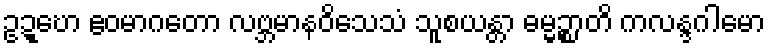
ဥဍ္ဎော ဧဝမာဂတော လဗ္ဘမာနဝိသေသံ သူစယန္တာ ဓမ္မဉ္စာတိ ကလန္ဒဂါမော